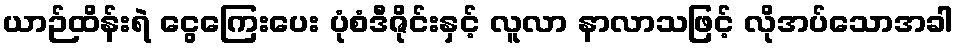
ယာဉ်ထိန်းရဲ ငွေကြေးပေး ပုံစံဒီဇိုင်းနှင့် လူလာ နာလာသဖြင့် လိုအပ်သောအခါ